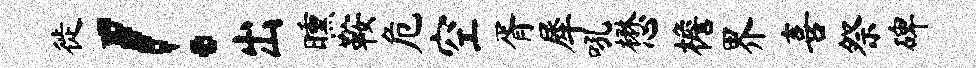
徙！出曛鞍危空胥犀吼懋檐界喜祭碑